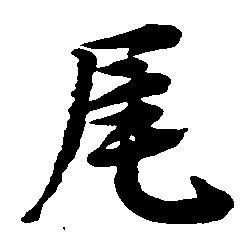
尾